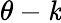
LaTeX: \theta-\mathit{k}